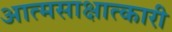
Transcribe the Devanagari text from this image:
आत्मसाक्षात्कारी